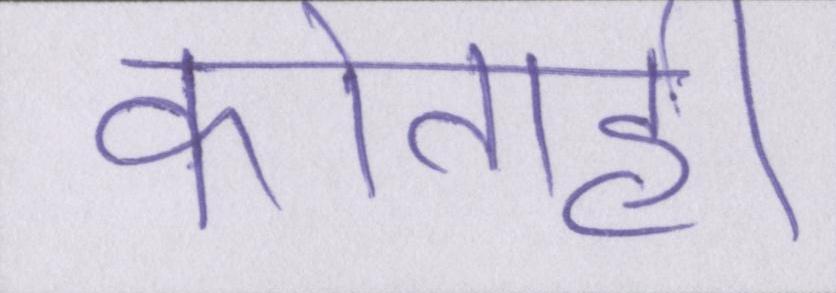
कोताही